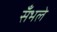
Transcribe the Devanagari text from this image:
सँभले